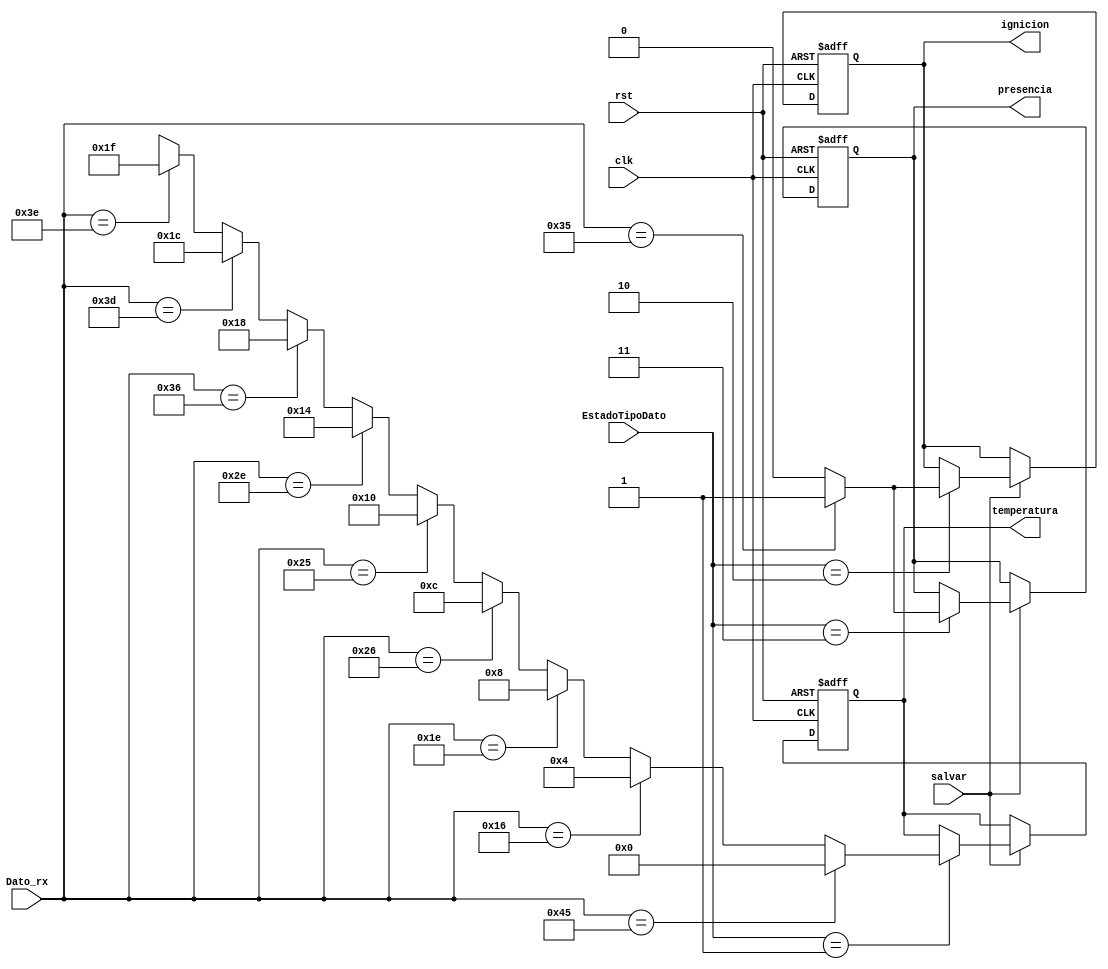
`timescale 1ns / 1ps
//////////////////////////////////////////////////////////////////////////////////
// Company: Tecnolgico Costa Rica
// 
// Design Name: 
// Module Name:    DecodificadorTecla
// Project Name: 
// Target Devices: 
// Tool versions: 
// Description: 
//
// Dependencies: 
//
// Revision: 
// Revision 0.01 - File Created
// Additional Comments: 
//
//////////////////////////////////////////////////////////////////////////////////

module DecodificadorTecla(
	//Dato entrante del teclado
	input wire [7:0] Dato_rx,
	//Seal para guardar
	input wire salvar,
	//Seal que indica la clase de dato esperado
	input wire [1:0] EstadoTipoDato,
	//Seal clk y rst
	input wire clk,rst,
	//Variables programables
	output wire [4:0] temperatura,
	output wire ignicion,
	output wire presencia
    );
//Declaracin simblica para la captura del tipo de dato
localparam [1:0]
	temp = 2'h1,
	ign = 2'h2,
	pres = 2'h3;

//Declaracin de los registros para guardar los datos para guardar
reg [4:0] temp_reg, temp_sig;
reg ign_reg, ign_sig;
reg pres_reg, pres_sig;
wire [4:0] temp_deco;
wire yn_deco;

	always@(posedge clk, posedge rst)
	begin
		if(rst)
		begin
			temp_reg <= 5'b0;
			ign_reg <= 1'b0;
			pres_reg <= 1'b0;
		end
		else
		begin
			temp_reg <= temp_sig;
			ign_reg <= ign_sig;
			pres_reg <= pres_sig;	
		end
	end

	always@*
	begin
		temp_sig = temp_reg;
		ign_sig = ign_reg;
		pres_sig = pres_reg;
		if(salvar)//Si se recibe el permiso para salvar, guarda el dato entrante 
		begin
		//Se selecciona al registro para guardar de acuerdo a la variable de tipo de dato
			case(EstadoTipoDato) 
			
				temp:
					temp_sig = temp_deco;
				ign:
					ign_sig = yn_deco;
				pres:
					pres_sig = yn_deco;
			endcase
		end
	end	
	
	assign temp_deco = 	(Dato_rx == 8'h45) ? 5'd0 : //'20'	
				(Dato_rx == 8'h16) ? 5'd4 : //'24'
				(Dato_rx == 8'h1e) ? 5'd8 : //'28'
				(Dato_rx == 8'h26) ? 5'd12 : //'32'
				(Dato_rx == 8'h25) ? 5'd16 : //'36'
				(Dato_rx == 8'h2e) ? 5'd20 : //'40'
				(Dato_rx == 8'h36) ? 5'd24 : //'44'
				(Dato_rx == 8'h3d) ? 5'd28 : //'48'
				(Dato_rx == 8'h3e) ? 5'd31 : 5'bxxxxx; //'51'

	assign yn_deco = (Dato_rx == 8'h35) ? 1'b1 : 1'b0; // 'y' o 'n'

	assign temperatura = temp_reg;
	assign ignicion = ign_reg;
	assign presencia = pres_reg;

endmodule